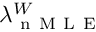
\lambda _ { \mathrm { ~ n ~ M ~ L ~ E ~ } } ^ { W }